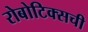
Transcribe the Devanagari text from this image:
रोबोटिक्सची